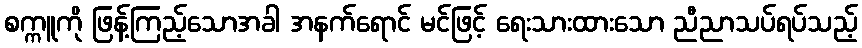
စက္ကူကို ဖြန့်ကြည့်သောအခါ အနက်ရောင် မင်ဖြင့် ရေးသားထားသော ညီညာသပ်ရပ်သည့်